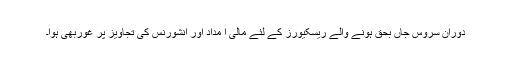
دوران سروس جاں بحق ہونے والے ریسکیورز کے لئے مالی ا مداد اور انشورنس کی تجاویز پر غوربھی ہوا۔